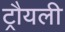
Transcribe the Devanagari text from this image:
ट्रौयली